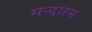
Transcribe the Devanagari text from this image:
मन्दारम